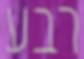
רבע